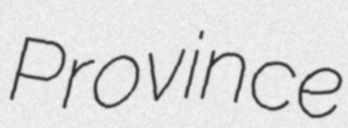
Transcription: Province